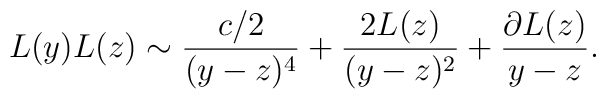
L(y)L(z)\sim \frac{c/2}{(y-z)^4} + \frac{2L(z)}{(y-z)^2} + \frac{\partial L(z)}{y-z}.